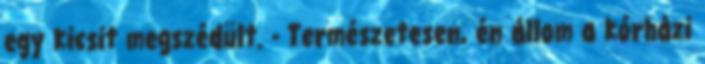
egy kicsit megszédült. - Természetesen, én állom a kórházi